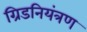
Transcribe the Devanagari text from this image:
ग्रिडनियंत्रण